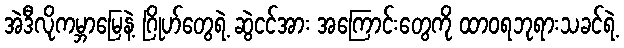
အဲဒီလိုကမ္ဘာမြေနဲ့ ဂြိုဟ်တွေရဲ့ ဆွဲငင်အား အကြောင်းတွေကို ထာဝရဘုရားသခင်ရဲ့